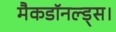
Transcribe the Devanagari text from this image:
मैकडॉनल्ड्स।